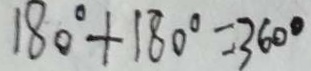
1 8 0 ^ { \circ } + 1 8 0 ^ { \circ } = 3 6 0 ^ { \circ }